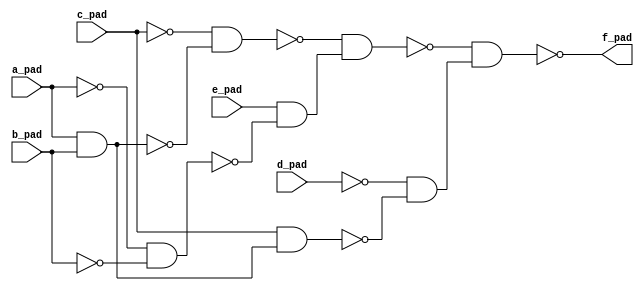
module top( a_pad , b_pad , c_pad , d_pad , e_pad , f_pad );
  input a_pad ;
  input b_pad ;
  input c_pad ;
  input d_pad ;
  input e_pad ;
  output f_pad ;
  wire n6 , n7 , n8 , n9 , n10 , n11 , n12 , n13 ;
  assign n6 = a_pad & b_pad ;
  assign n7 = ~c_pad & ~n6 ;
  assign n8 = ~a_pad & ~b_pad ;
  assign n9 = e_pad & ~n8 ;
  assign n10 = ~n7 & n9 ;
  assign n11 = c_pad & n6 ;
  assign n12 = ~d_pad & ~n11 ;
  assign n13 = ~n10 & n12 ;
  assign f_pad = ~n13 ;
endmodule